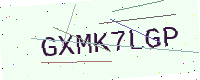
Text: GXMK7LGP